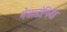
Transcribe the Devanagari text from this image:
मेसाडोनिया